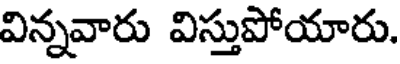
విన్నవారు విస్తుపోయారు.